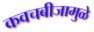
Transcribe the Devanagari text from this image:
कवचबीजामुळे